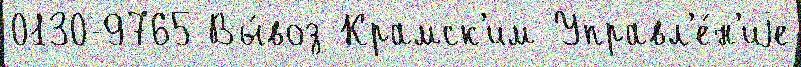
0130-9765 Вы́воз Крамск'им Управл'е́н'иjе